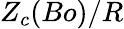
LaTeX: {Z_{c}(Bo)}/{R}